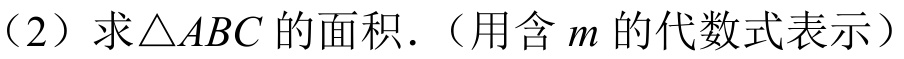
（2）求\(\triangle ABC\)的面积.（用含\(m\)的代数式表示）